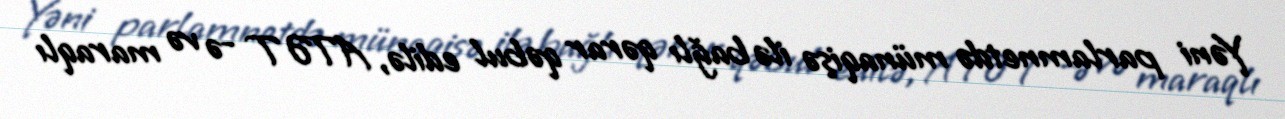
Yəni parlamnetdə münaqişə ilə bağlı qərar qəbul edilə, ATƏT -ə və maraqlı